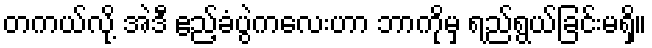
တကယ်လို့ အဲဒီ ဧည့်ခံပွဲကလေးဟာ ဘာကိုမှ ရည်ရွယ်ခြင်းမရှိ။